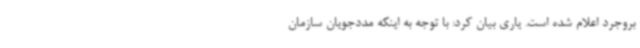
بروجرد اعلام شده است. یاری بیان کرد: با توجه به اینکه مددجویان سازمان